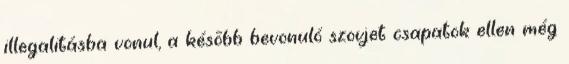
illegalitásba vonul, a késõbb bevonuló szovjet csapatok ellen még